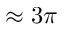
\approx 3 \pi